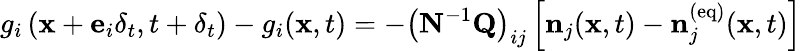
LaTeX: g_{i}\left(\mathbf{x}+\mathbf{e}_{i}\delta_{t},t+\delta_{t}\right)-g_{i}(\mathbf{x},t)=-\left(\mathbf{N}^{-1}\mathbf{Q}\right)_{ij}\left[\mathbf{n}_{j}(\mathbf{x},t)-\mathbf{n}_{j}^{(\mathrm{eq})}(\mathbf{x},t)\right]